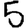
Digit: 5